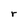
Character: r